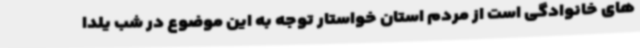
های خانوادگی است از مردم استان خواستار توجه به این موضوع در شب یلدا